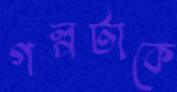
গল্পটাকে